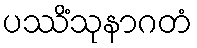
ပဿိံသုနာဂတံ